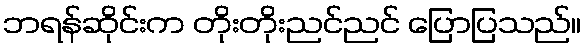
ဘရန်ဆိုင်းက တိုးတိုးညင်ညင် ပြောပြသည်။